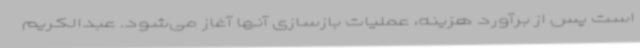
است پس از برآورد هزینه، عملیات بازسازی آنها آغاز می‌شود. عبدالکریم